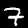
Digit: 7